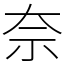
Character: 奈